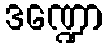
ဒဏ္ဍော